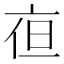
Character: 亱